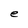
Character: e